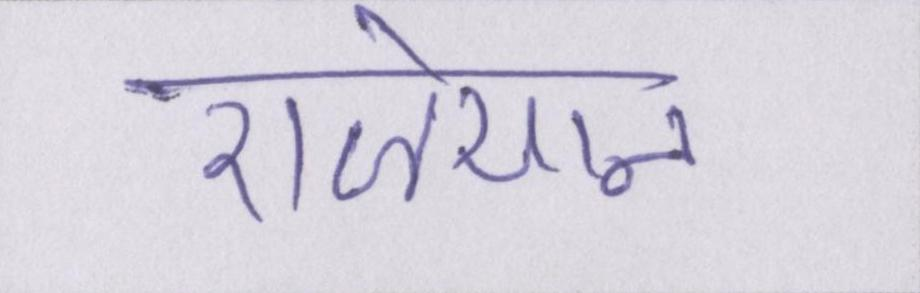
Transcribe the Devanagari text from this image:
राजेयाना